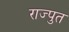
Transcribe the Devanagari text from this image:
राज्पुत